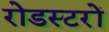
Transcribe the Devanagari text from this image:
रोडस्टरों